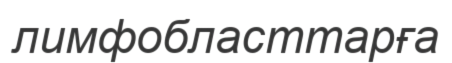
лимфобласттарға